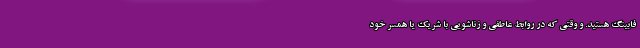
فابینگ هستید. و وقتی که در روابط عاطفی و زناشویی با شریک یا همسر خود